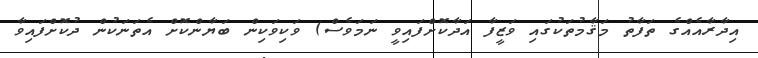
އިދާރާއެއްގެ ތަފާތު މަޤާމުތަކުގައި ވަޒީފާ އަދާކޮށްފައިވީ ނަމަވެސް) ވަކިވަކިން ބަޔާންކޮށް އެތަނަކުން ދުކޮށްފައިވާ